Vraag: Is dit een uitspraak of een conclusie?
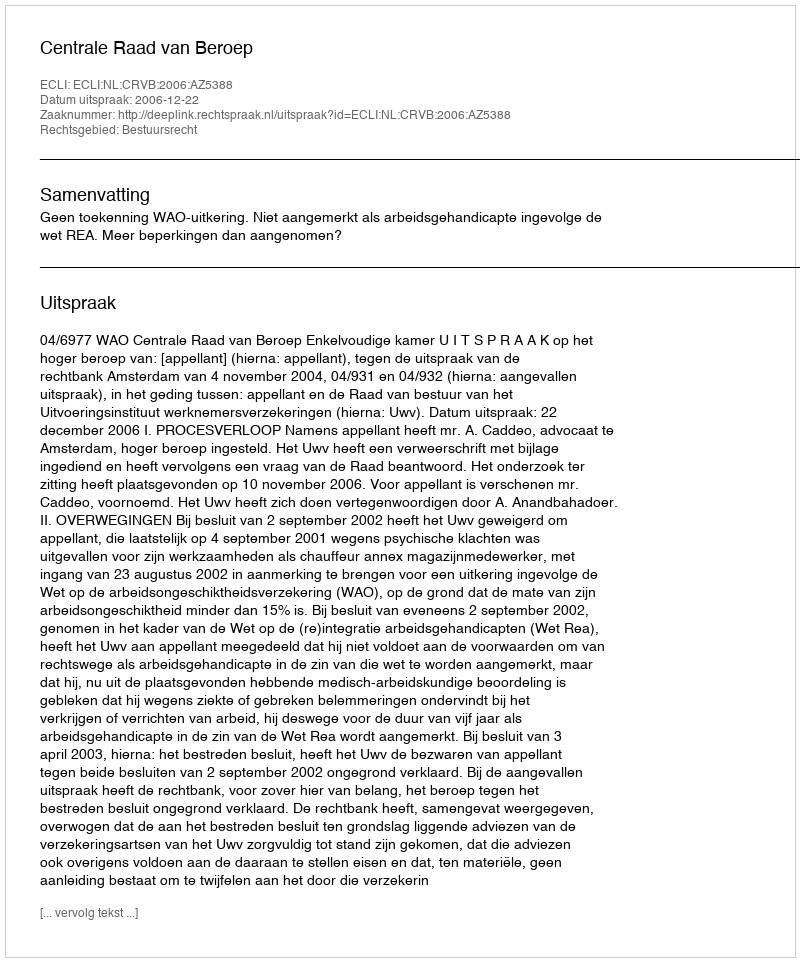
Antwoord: Uitspraak